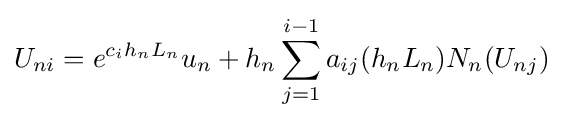
U_{ni}=e^{c_{i}h_{n}L_{n}}u_{n}+h_{n}\sum _{j=1}^{i-1}a_{ij}(h_{n}L_{n})N_{n}(U_{nj})